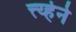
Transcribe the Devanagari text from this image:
त्त्य्हेने